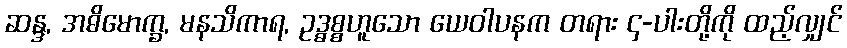
ဆန္ဒ, အဓိမောက္ခ, မနသိကာရ, ဥဒ္ဓစ္စဟူသော ယေဝါပနက တရား ၄-ပါးတို့ကို ထည့်လျှင်